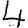
Digit: 4